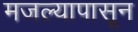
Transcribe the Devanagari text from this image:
मजल्यापासून